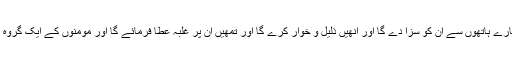
جاوید احمد غامدی اُن سے لڑو، اللہ تمھارے ہاتھوں سے اُن کو سزا دے گا اور اُنھیں ذلیل و خوار کرے گا اور تمھیں اُن پر غلبہ عطا فرمائے گا اور مومنوں کے ایک گروہ کے کلیجے (اِس سے) ٹھنڈے کرے گا۔